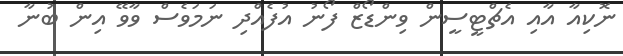
ނޮކިއާ އާއި އެޗްޓީސީން ވިންޑޯޒް ފޯނު އުފެއްދި ނަމަވެސް ވާވޭ އިން ބުނާ